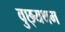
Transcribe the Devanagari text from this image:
वुछ्यथम